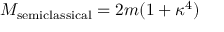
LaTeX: M _ { \mathrm { s e m i c l a s s i c a l } } = 2 m ( 1 + \kappa ^ { 4 } )